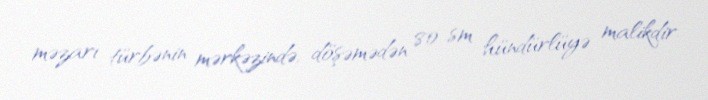
məzarı türbənin mərkəzində, döşəmədən 80 sm hündürlüyə malikdir.